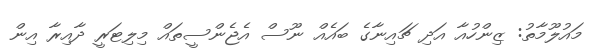
މައުލޫމާތު: ޒިންހުއާ އަދި ޗައިނާގެ ބައެއް ނޫސް އެޖެންސީތައް މިލިޓަރީ ދާއިރާ އިން